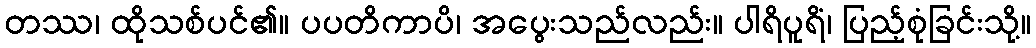
တဿ၊ ထိုသစ်ပင်၏။ ပပတိကာပိ၊ အပွေးသည်လည်း။ ပါရိပူရိံ၊ ပြည့်စုံခြင်းသို့။